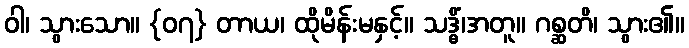
ဝါ၊ သွားသော။ {၀၇} တာယ၊ ထိုမိန်းမနှင့်။ သဒ္ဓိံ၊အတူ။ ဂစ္ဆတိ၊ သွား၏။